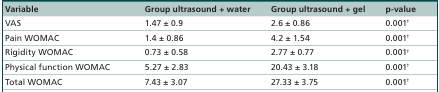
| Variable | Group ultrasound + water | Group ultrasound + gel | p-value |
 | --- | --- | --- | --- |
 | VAS | 1.47 ± 0.9 | 2.6 ± 0.86 | 0.001† |
 | Pain WOMAC | 1.4 ± 0.86 | 4.2 ± 1.54 | 0.001† |
 | Rigidity WOMAC | 0.73 ± 0.58 | 2.77 ± 0.77 | 0.001† |
 | Physical function WOMAC | 5.27 ± 2.83 | 20.43 ± 3.18 | 0.001† |
 | Total WOMAC | 7.43 ± 3.07 | 27.33 ± 3.75 | 0.001† |